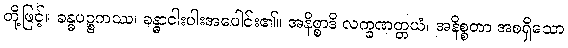
တို့ဖြင့်။ ခန္ဓပဉ္စကဿ၊ ခန္ဓာငါးပါးအပေါင်း၏။ အနိစ္စာဒိ လက္ခဏတ္တယံ၊ အနိစ္စတာ အစရှိသော